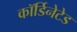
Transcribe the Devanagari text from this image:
कॉर्डिनेटेड